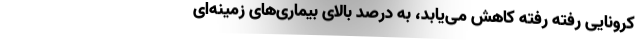
کرونایی رفته رفته کاهش می‌یابد، به درصد بالای بیماری‌های زمینه‌ای